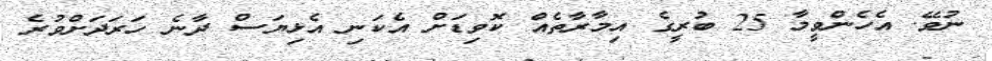
ނުވޭ. އެހެންވީމާ 25 ބުރީގެ އިމާރާތެއް ކޮވިޑަށް އެކަނި އެޅިޔަސް ދާނެ ހަރަދަށްވުރެ